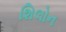
શિલોન